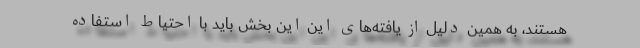
هستند، به همین دلیل از یافته‌های این این بخش باید با احتیاط استفاده